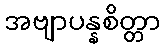
အဗျာပန္နစိတ္တာ